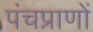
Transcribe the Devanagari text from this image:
पंचप्राणों